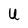
Character: U